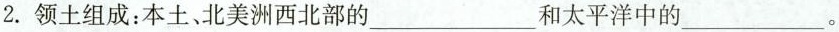
2.领土组成：本土、北美洲西北部的___和太平洋中的___。